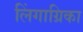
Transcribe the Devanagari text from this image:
लिंगाग्रिका